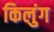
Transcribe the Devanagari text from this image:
किलुंग